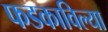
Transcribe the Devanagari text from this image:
फडकाविल्या